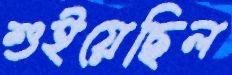
শুইয়েছিল